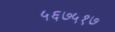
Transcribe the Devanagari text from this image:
५६७५१७